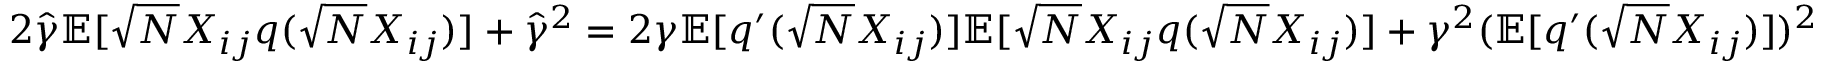
\begin{array} { r l } & { 2 \widehat \gamma \mathbb { E } [ \sqrt { N } X _ { i j } q ( \sqrt { N } X _ { i j } ) ] + \widehat \gamma ^ { 2 } = 2 \gamma \mathbb { E } [ q ^ { \prime } ( \sqrt { N } X _ { i j } ) ] \mathbb { E } [ \sqrt { N } X _ { i j } q ( \sqrt { N } X _ { i j } ) ] + \gamma ^ { 2 } ( \mathbb { E } [ q ^ { \prime } ( \sqrt { N } X _ { i j } ) ] ) ^ { 2 } } \end{array}